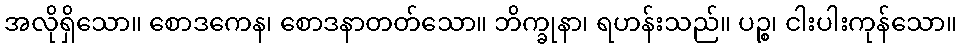
အလိုရှိသော။ စောဒကေန၊ စောဒနာတတ်သော။ ဘိက္ခုနာ၊ ရဟန်းသည်။ ပဉ္စ၊ ငါးပါးကုန်သော။